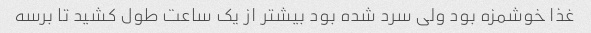
غذا خوشمزه بود ولی سرد شده بود بیشتر از یک ساعت طول کشید تا برسه